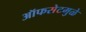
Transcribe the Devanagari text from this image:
ऑफसेटमुळे